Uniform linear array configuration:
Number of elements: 64
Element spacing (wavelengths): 0.5
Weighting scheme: hann
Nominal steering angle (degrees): -45
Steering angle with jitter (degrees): -43.724
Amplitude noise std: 0.05
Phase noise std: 0.05

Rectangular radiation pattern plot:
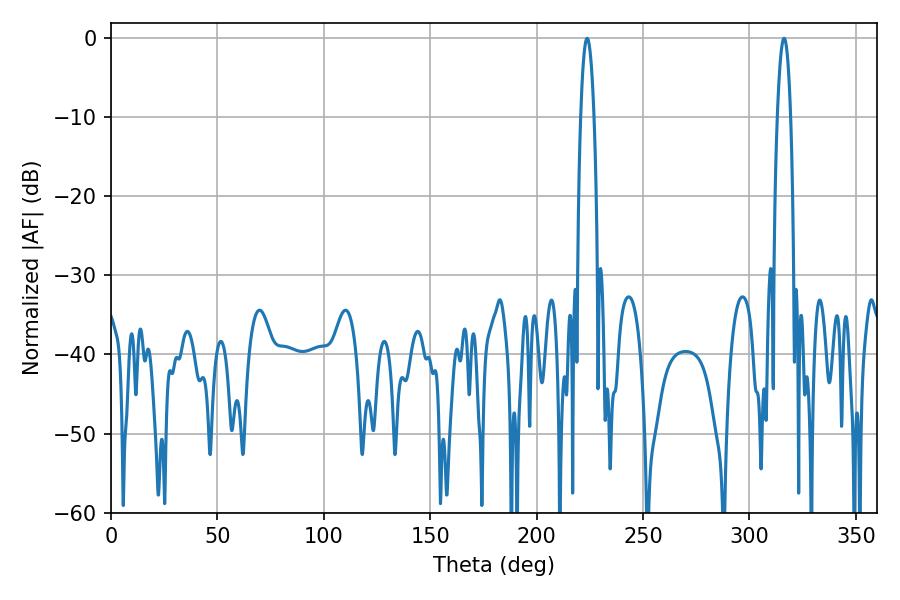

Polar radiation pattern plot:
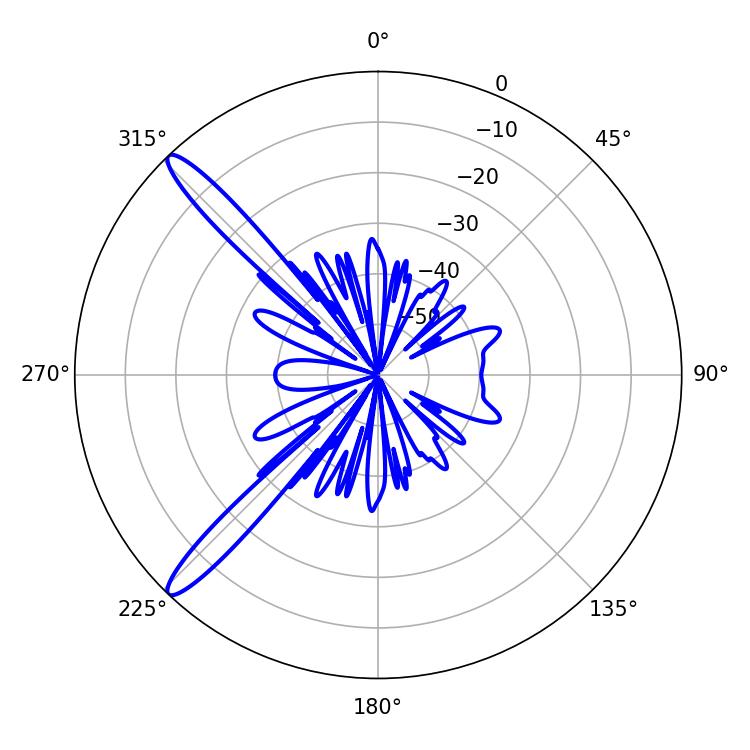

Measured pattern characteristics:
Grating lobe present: FALSE
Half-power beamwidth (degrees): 3.42
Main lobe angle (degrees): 223.74